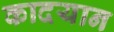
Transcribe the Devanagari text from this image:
कादयान